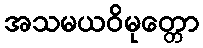
အသမယဝိမုတ္တော